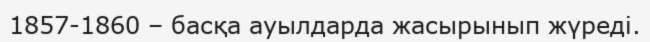
1857-1860 – басқа ауылдарда жасырынып жүреді.